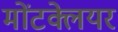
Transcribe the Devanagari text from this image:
मोंटक्लेयर